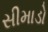
સીમાડો